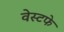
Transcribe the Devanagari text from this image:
वेस्टफे